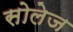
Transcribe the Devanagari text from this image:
सोलेज